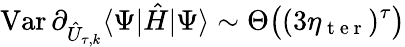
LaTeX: \operatorname{Var}\partial_{\hat{U}_{\tau,k}}\langle\Psi|\hat{H}|\Psi\rangle\sim\Theta\big((3\eta_{\mathrm{~t~e~r~}})^{\tau}\big)